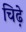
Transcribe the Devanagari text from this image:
चिढ़े